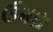
ઉમદા